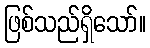
ဖြစ်သည်ရှိသော်။